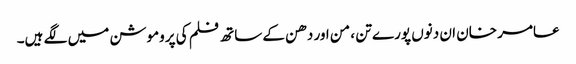
عامر خان ان دنوں پورے تن ، من اور دھن کے ساتھ فلم کی پروموشن میں لگے ہیں۔